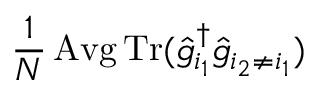
\frac { 1 } { N } \operatorname { A v g } \operatorname { T r } ( \hat { g } _ { i _ { 1 } } ^ { \dag } \hat { g } _ { i _ { 2 } \neq i _ { 1 } } )